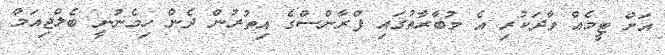
އަށް ޓީމެއް ވާދަކުރި އެ މުބާރާތުގައި ފްރާންސްގެ އިތުރުން ދެން ހިމެނުނީ ބެލްޖިއަމް